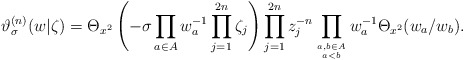
\begin{align*}\vartheta^{(n)}_\sigma (w|\zeta )=\Theta_{x^2} \left( -\sigma \prod_{a\in A} w_a^{-1} \prod_{j=1}^{2n}\zeta_j \right) \prod_{j=1}^{2n}z_j^{-n} \prod_{a,b\in A\atop a<b} w_a^{-1} \Theta_{x^2} (w_a /w_b ). \end{align*}